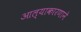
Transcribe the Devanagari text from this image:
आल्याकारणाने